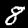
Digit: 8